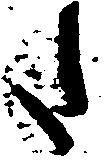
た